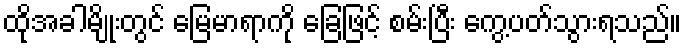
ထိုအခါမျိုးတွင် မြေမာရာကို ခြေဖြင့် စမ်းပြီး ကွေ့ပတ်သွားရသည်။